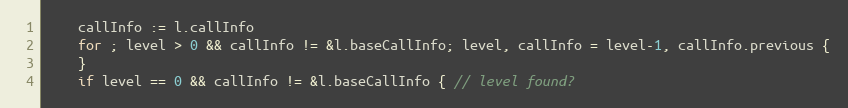
Language: Go
	callInfo := l.callInfo
	for ; level > 0 && callInfo != &l.baseCallInfo; level, callInfo = level-1, callInfo.previous {
	}
	if level == 0 && callInfo != &l.baseCallInfo { // level found?